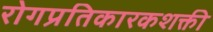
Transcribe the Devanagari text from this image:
रोगप्रतिकारकशक्ती